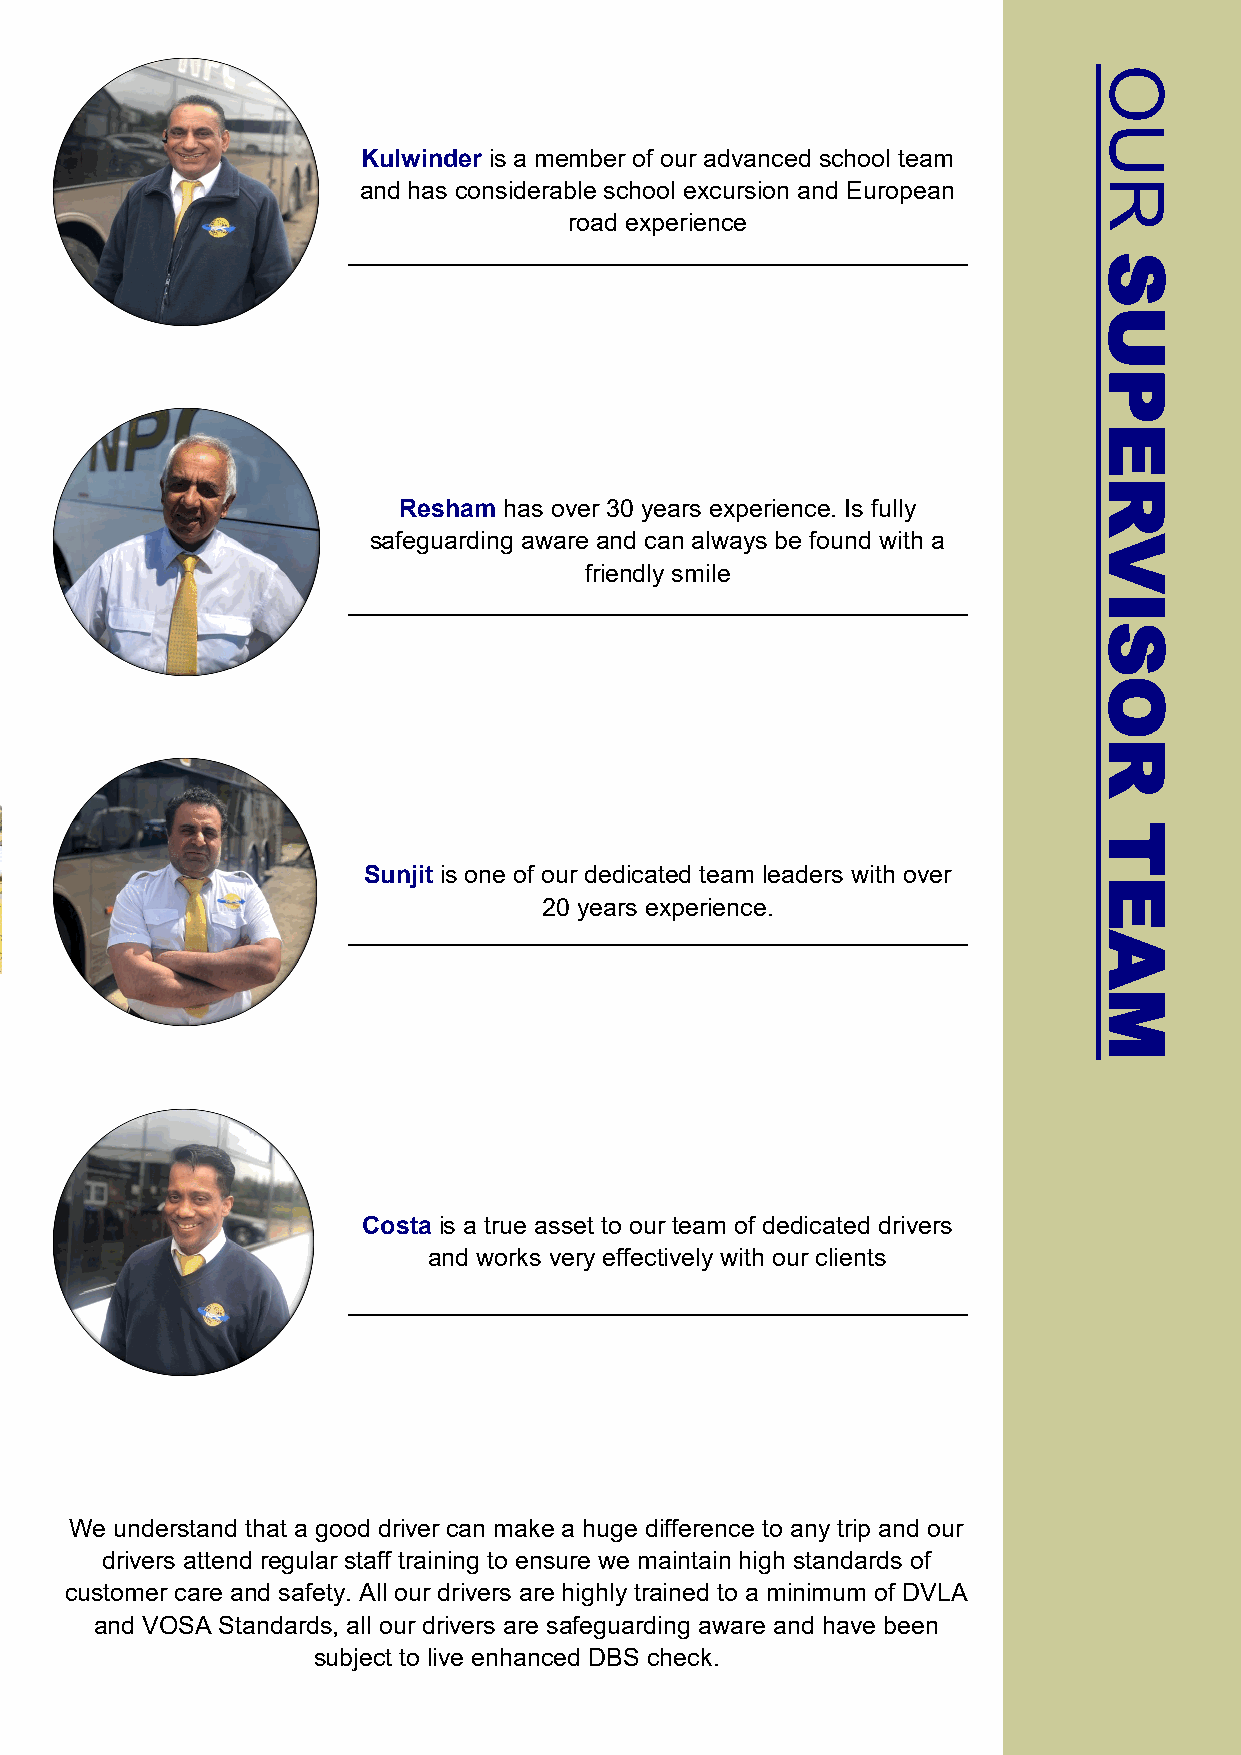
O
 U
 Kulwinder is a member of our advanced school team
 and has considerable school excursion and European R
 road experience
 S
 U
 P
 E
 R
 Resham has over 30 years experience. Is fully
 safeguarding aware and can always be found with a V
 friendly smile
 I
 S
 O
 R
 T
 Sunjit is one of our dedicated team leaders with over
 E
 20 years experience.
 A
 M
 Costa is a true asset to our team of dedicated drivers
 and works very effectively with our clients
 We understand that a good driver can make a huge difference to any trip and our
 drivers attend regular staff training to ensure we maintain high standards of
 customer care and safety. All our drivers are highly trained to a minimum of DVLA
 and VOSA Standards, all our drivers are safeguarding aware and have been
 subject to live enhanced DBS check.